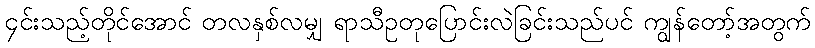
၄င်းသည့်တိုင်အောင် တလနှစ်လမျှ ရာသီဥတုပြောင်းလဲခြင်းသည်ပင် ကျွန်တော့်အတွက်